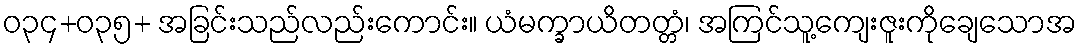
ဝ၃၄+၀၃၅+ အခြင်းသည်လည်းကောင်း။ ယံမက္ခာယိတတ္တံ၊ အကြင်သူ့ကျေးဇူးကိုချေသောအ